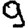
Digit: 9